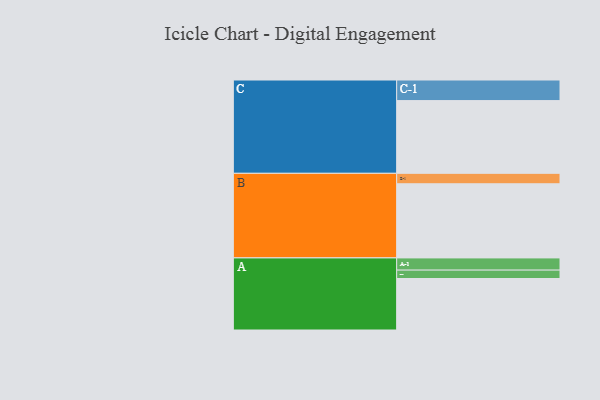
{"axis": {"x": "Segment", "y": "Value"}, "legend": ["", "A", "B", "C"], "data": [{"x": "A", "y": 325, "type": ""}, {"x": "B", "y": 468, "type": ""}, {"x": "C", "y": 459, "type": ""}, {"x": "A-1", "y": 77, "type": "A"}, {"x": "A-2", "y": 53, "type": "A"}, {"x": "B-1", "y": 66, "type": "B"}, {"x": "C-1", "y": 130, "type": "C"}]}